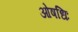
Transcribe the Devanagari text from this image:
ओषधिः